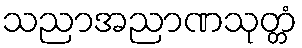
သညာအညာဏသုတ္တံ